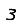
Digit: 3